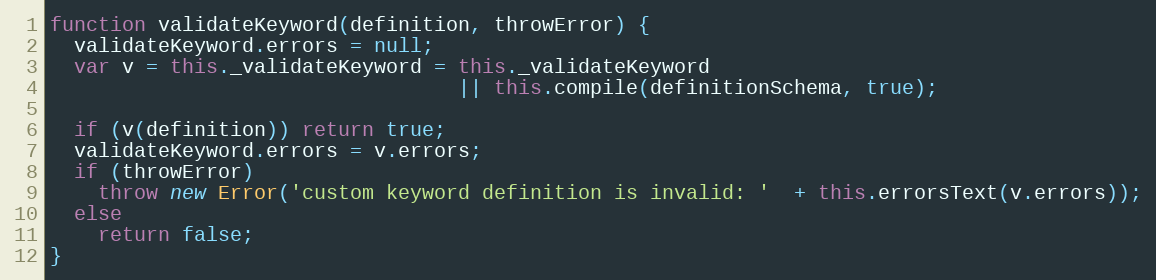
Language: JavaScript
function validateKeyword(definition, throwError) {
  validateKeyword.errors = null;
  var v = this._validateKeyword = this._validateKeyword
                                  || this.compile(definitionSchema, true);

  if (v(definition)) return true;
  validateKeyword.errors = v.errors;
  if (throwError)
    throw new Error('custom keyword definition is invalid: '  + this.errorsText(v.errors));
  else
    return false;
}